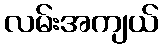
လမ်းအကျယ်